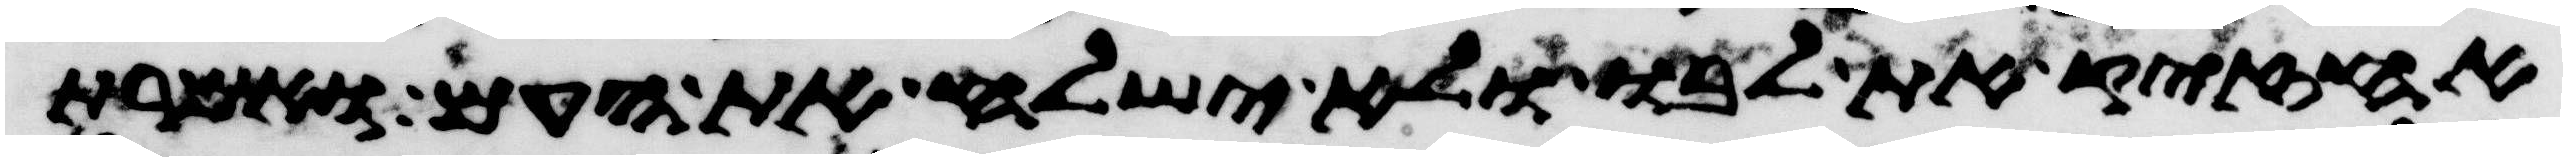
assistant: אחזיק את לבו ולא ישלח את העם ואמרת